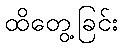
ထိတွေ့ခြင်း